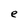
Character: e